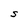
Character: S